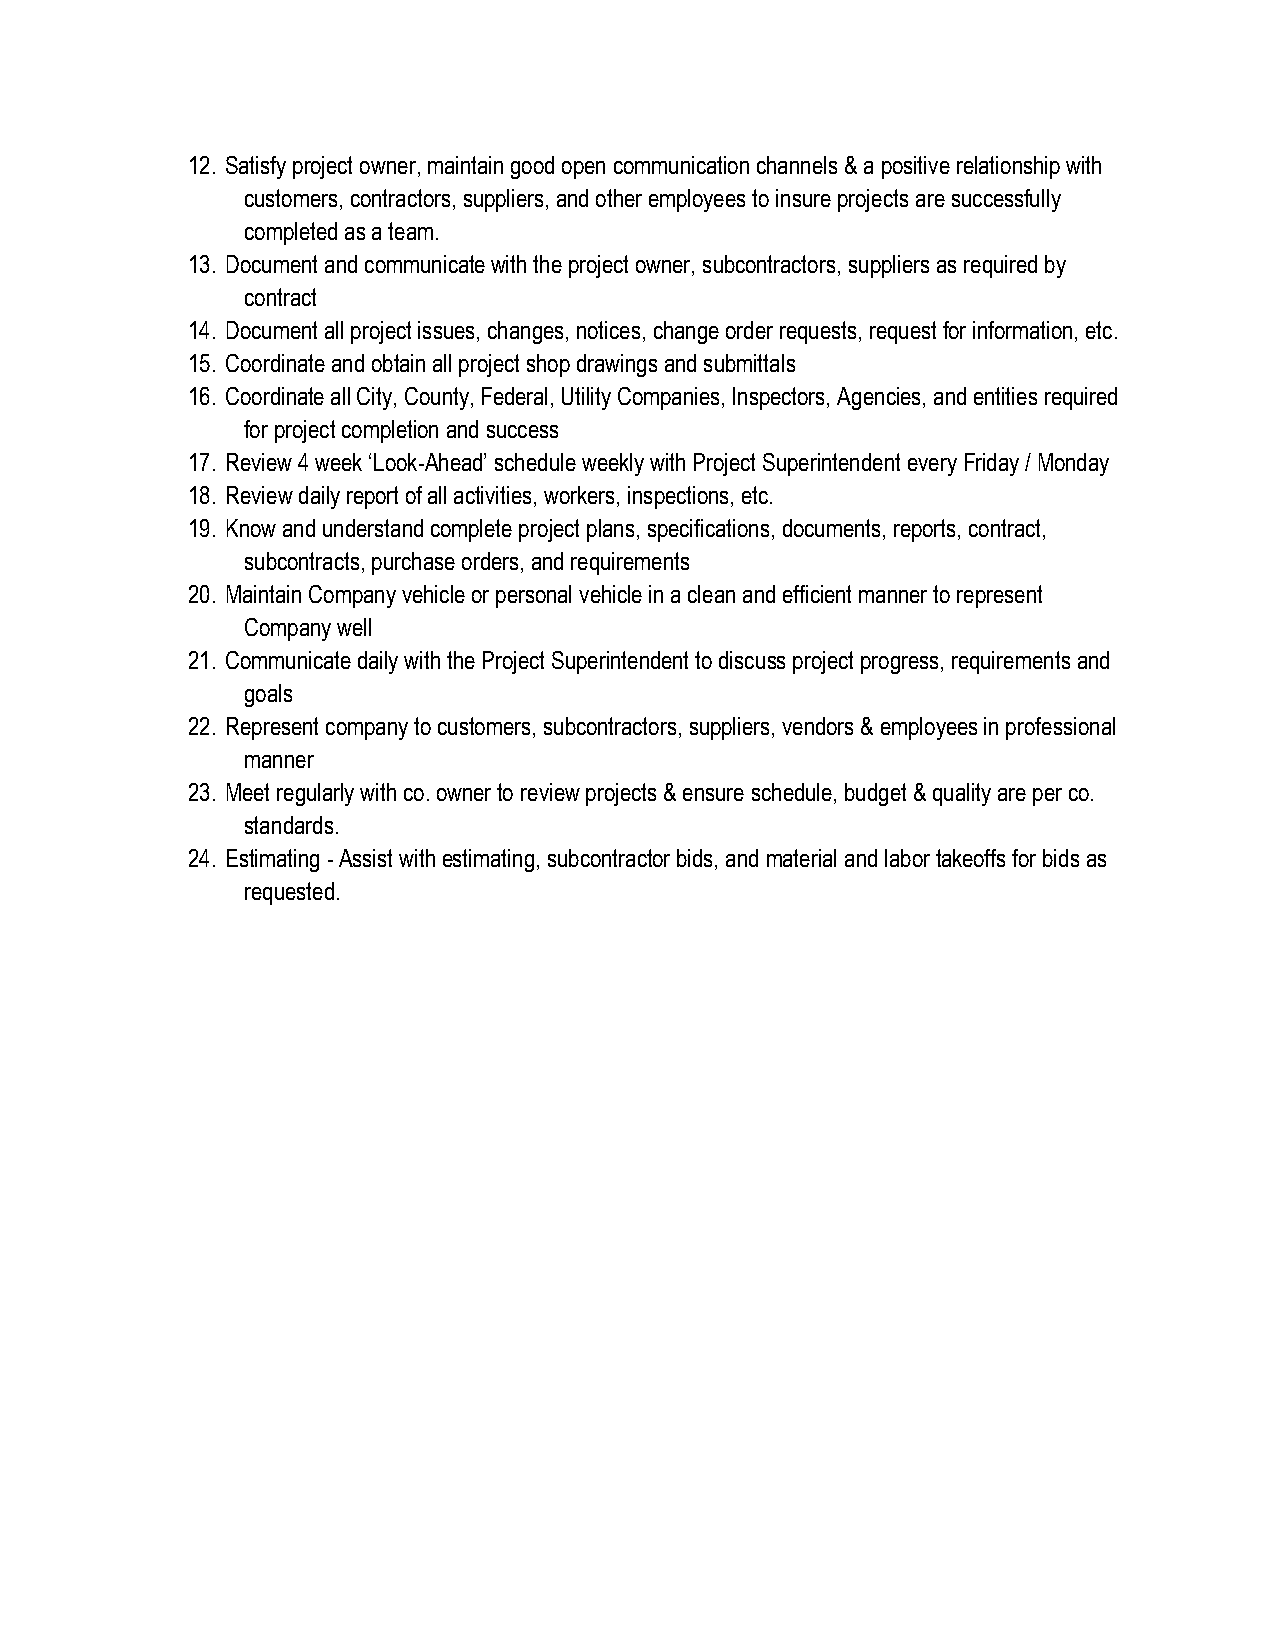
12. Satisfy project owner, maintain good open communication channels & a positive relationship with
 customers, contractors, suppliers, and other employees to insure projects are successfully
 completed as a team.
 13. Document and communicate with the project owner, subcontractors, suppliers as required by
 contract
 14. Document all project issues, changes, notices, change order requests, request for information, etc.
 15. Coordinate and obtain all project shop drawings and submittals
 16. Coordinate all City, County, Federal, Utility Companies, Inspectors, Agencies, and entities required
 for project completion and success
 17. Review 4 week ‘Look-Ahead’ schedule weekly with Project Superintendent every Friday / Monday
 18. Review daily report of all activities, workers, inspections, etc.
 19. Know and understand complete project plans, specifications, documents, reports, contract,
 subcontracts, purchase orders, and requirements
 20. Maintain Company vehicle or personal vehicle in a clean and efficient manner to represent
 Company well
 21. Communicate daily with the Project Superintendent to discuss project progress, requirements and
 goals
 22. Represent company to customers, subcontractors, suppliers, vendors & employees in professional
 manner
 23. Meet regularly with co. owner to review projects & ensure schedule, budget & quality are per co.
 standards.
 24. Estimating - Assist with estimating, subcontractor bids, and material and labor takeoffs for bids as
 requested.